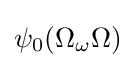
\psi _{0}(\Omega _{\omega }\Omega )